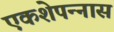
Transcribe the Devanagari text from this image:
एकशेपन्‍नास